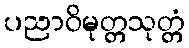
ပညာဝိမုတ္တသုတ္တံ